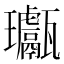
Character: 𤫣